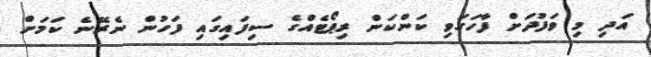
އަދި މި ވަފުދަށް ފާހަގަވި ކަންކަން ރިޕޯޓެއްގެ ސިފައިގައި ފަހުން ނެރޭނެ ކަމަށް